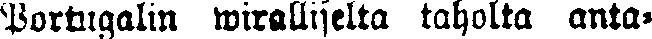
Portugalin wiralliselta taholta anta-